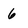
Character: 6